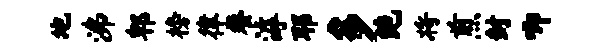
地沸郫榜律餐滹耶多绝将煎封唧